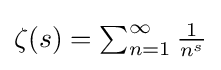
{\textstyle \zeta (s)=\sum _{n=1}^{\infty }{\frac {1}{n^{s}}}}